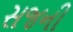
સજની